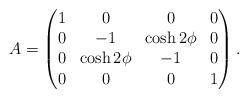
LaTeX: \begin{align*}A= \begin{pmatrix} 1 & 0 & 0 & 0 \\ 0 & -1 & \cosh 2\phi & 0 \\ 0 & \cosh 2\phi & -1 & 0 \\ 0 & 0 & 0 & 1 \end{pmatrix}.\end{align*}